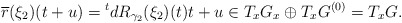
\begin{align*} \overline{r}(\xi_2)(t+u)={}^tdR_{\gamma_2}(\xi_2) (t) t+u \in T_x G_x\oplus T_xG^{(0)}=T_xG.\end{align*}